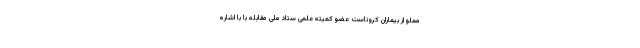
مملو از بیماران کروناست عضو کمیته علمی ستاد ملی مقابله با با اشاره